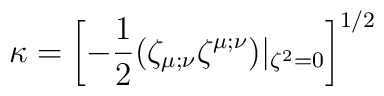
\kappa=\left[-{1\over 2}(\zeta_{\mu;\nu}\zeta^{\mu;\nu})|_{\zeta^2=0}\right]^{1/2}